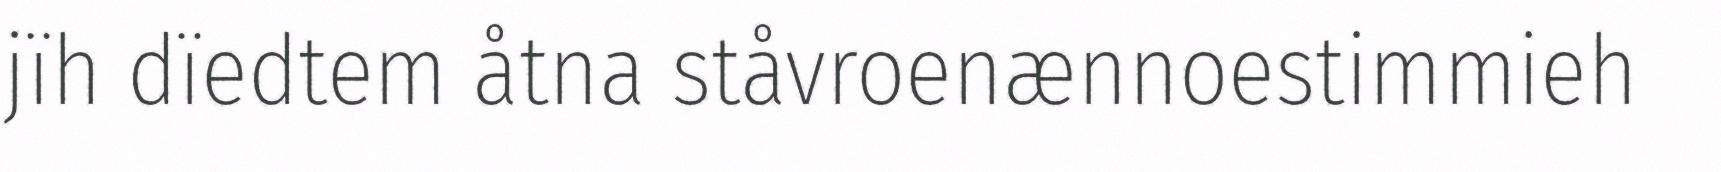
jïh dïedtem åtna ståvroenænnoestimmieh